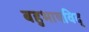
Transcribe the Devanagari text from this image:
बहुभाषविद्